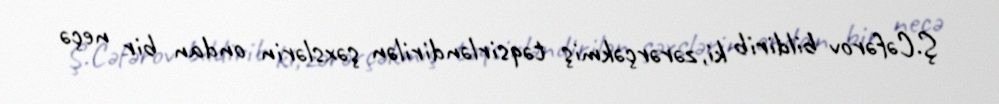
Ş.Cəfərov bildirib ki, zərərçəkmiş təqsirləndirilən şəxslərin ondan bir neçə